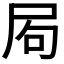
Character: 𡱈